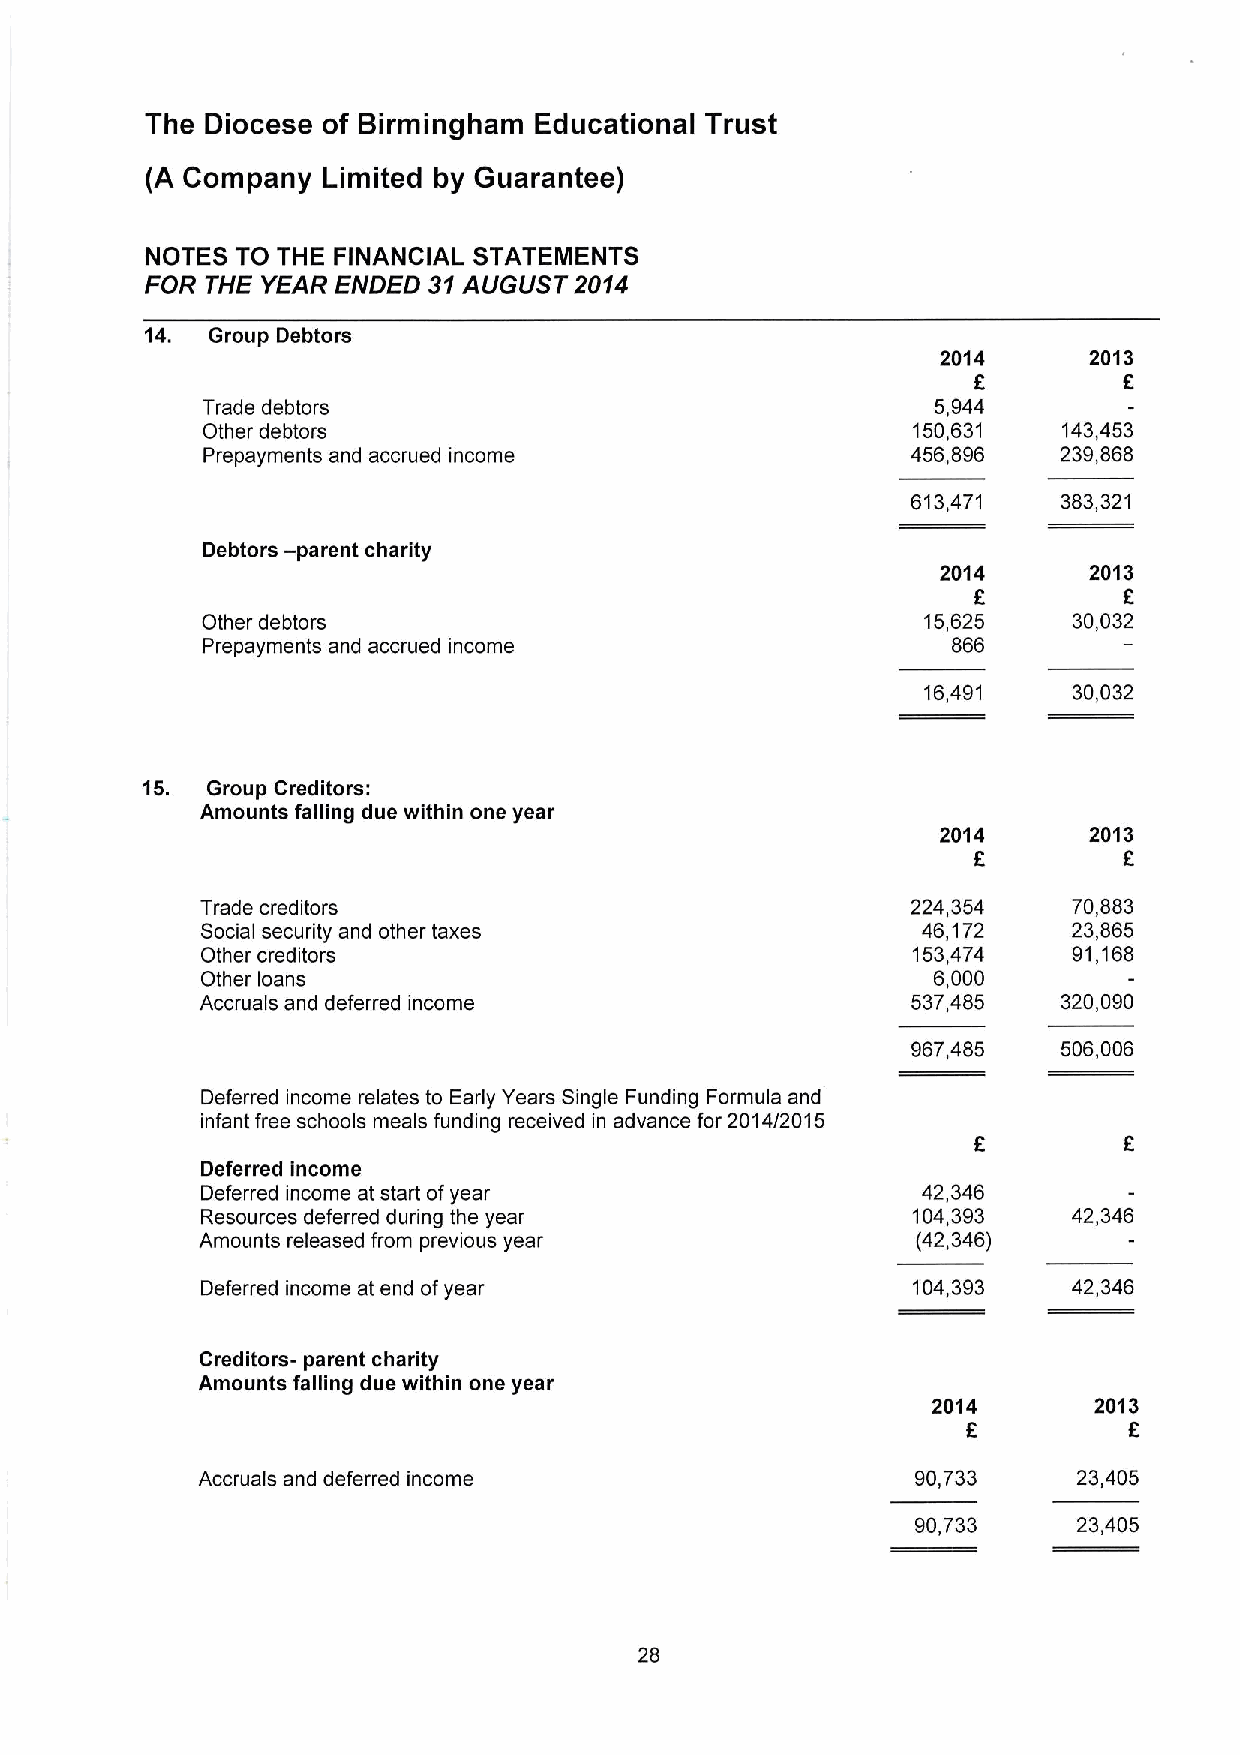
The Diocese of Birmingham Educational Trust
 (A Company Limited by Guarantee)
 NOTES TO THE FINANCIAL STATEMENTS
 FOR THE YEAR ENDED 31AUGUST 2014
 14. Group Debtors
 2014      2013
 f
 F
 Trade debtors                                    5,944
 Other debtors                                  150,631   143,453
 Prepayments and accrued income                 456,896   239,868
 613,471   383,321
 Debtors -parent charity
 2014      2013
 f
 6
 Other debtors                                   15,625    30,032
 Prepayments and accrued income                    866
 16,491    30,032
 15.  Group Creditors:
 Amounts falling due within one year
 2014      2013
 f
 6
 Trade creditors                                224,354    70,883
 Social security and other taxes                 46,172    23,865
 Other creditors                                153,474    91,168
 Otherloans                                       6,000
 Accruals and deferred income                   537,485   320,090
 967,485   506,006
 Deferred income relates to Early Years Single Funding Formula and
 infant free schools meals funding received in advance for 2014/2015
 Deferred income
 Deferred income at start ofyear                 42,346
 Resources deferred during the year             104,393    42,346
 Amounts released from previous year             (42,346)
 Deferred income at end ofyear                  104,393    42,346
 Creditors- parent charity
 Amounts falling due within one year
 2014      2013
 F          K
 Accruals and deferred income                    90,733    23,405
 90,733    23,405
 28